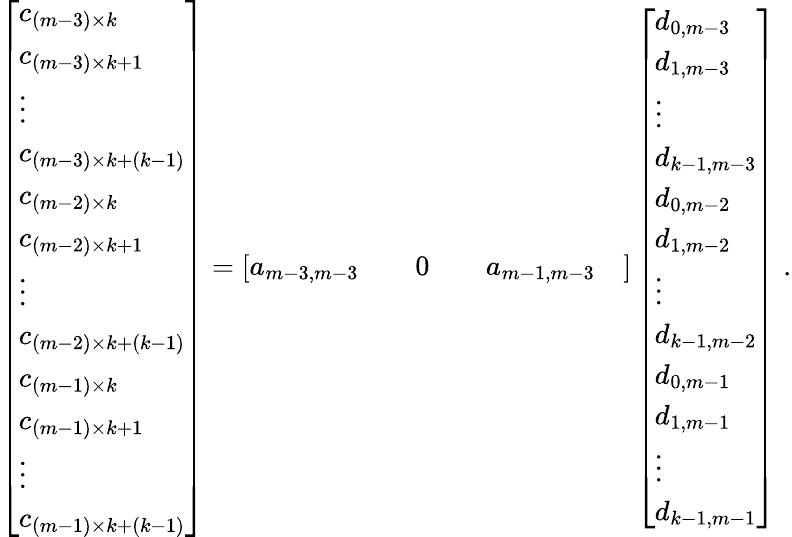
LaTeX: \begin{array}{r}{\left[\begin{array}{l}{c_{(m-3)\times k}}\\ {c_{(m-3)\times k+1}}\\ {\vdots}\\ {c_{(m-3)\times k+(k-1)}}\\ {c_{(m-2)\times k}}\\ {c_{(m-2)\times k+1}}\\ {\vdots}\\ {c_{(m-2)\times k+(k-1)}}\\ {c_{(m-1)\times k}}\\ {c_{(m-1)\times k+1}}\\ {\vdots}\\ {c_{(m-1)\times k+(k-1)}}\end{array}\right]=\left[\begin{array}{llllll}{a_{m-3,m-3}}&{}&{0}&{}&{a_{m-1,m-3}}&{}\end{array}\right]\left[\begin{array}{l}{d_{0,m-3}}\\ {d_{1,m-3}}\\ {\vdots}\\ {d_{k-1,m-3}}\\ {d_{0,m-2}}\\ {d_{1,m-2}}\\ {\vdots}\\ {d_{k-1,m-2}}\\ {d_{0,m-1}}\\ {d_{1,m-1}}\\ {\vdots}\\ {d_{k-1,m-1}}\end{array}\right]\; .}\end{array}